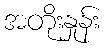
အတိုးနှုန်း